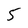
Character: 5